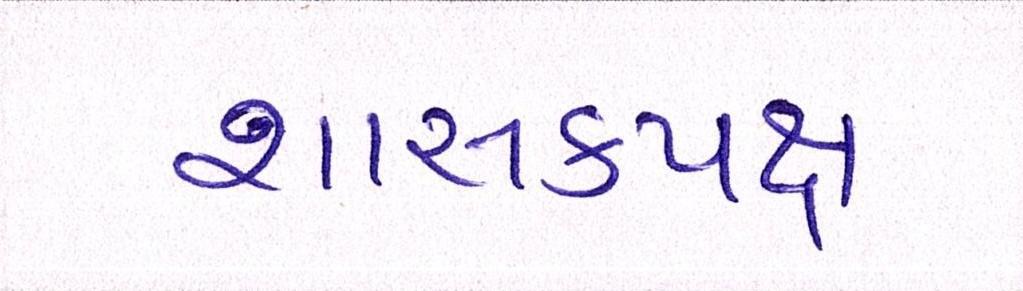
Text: શાસકપક્ષ